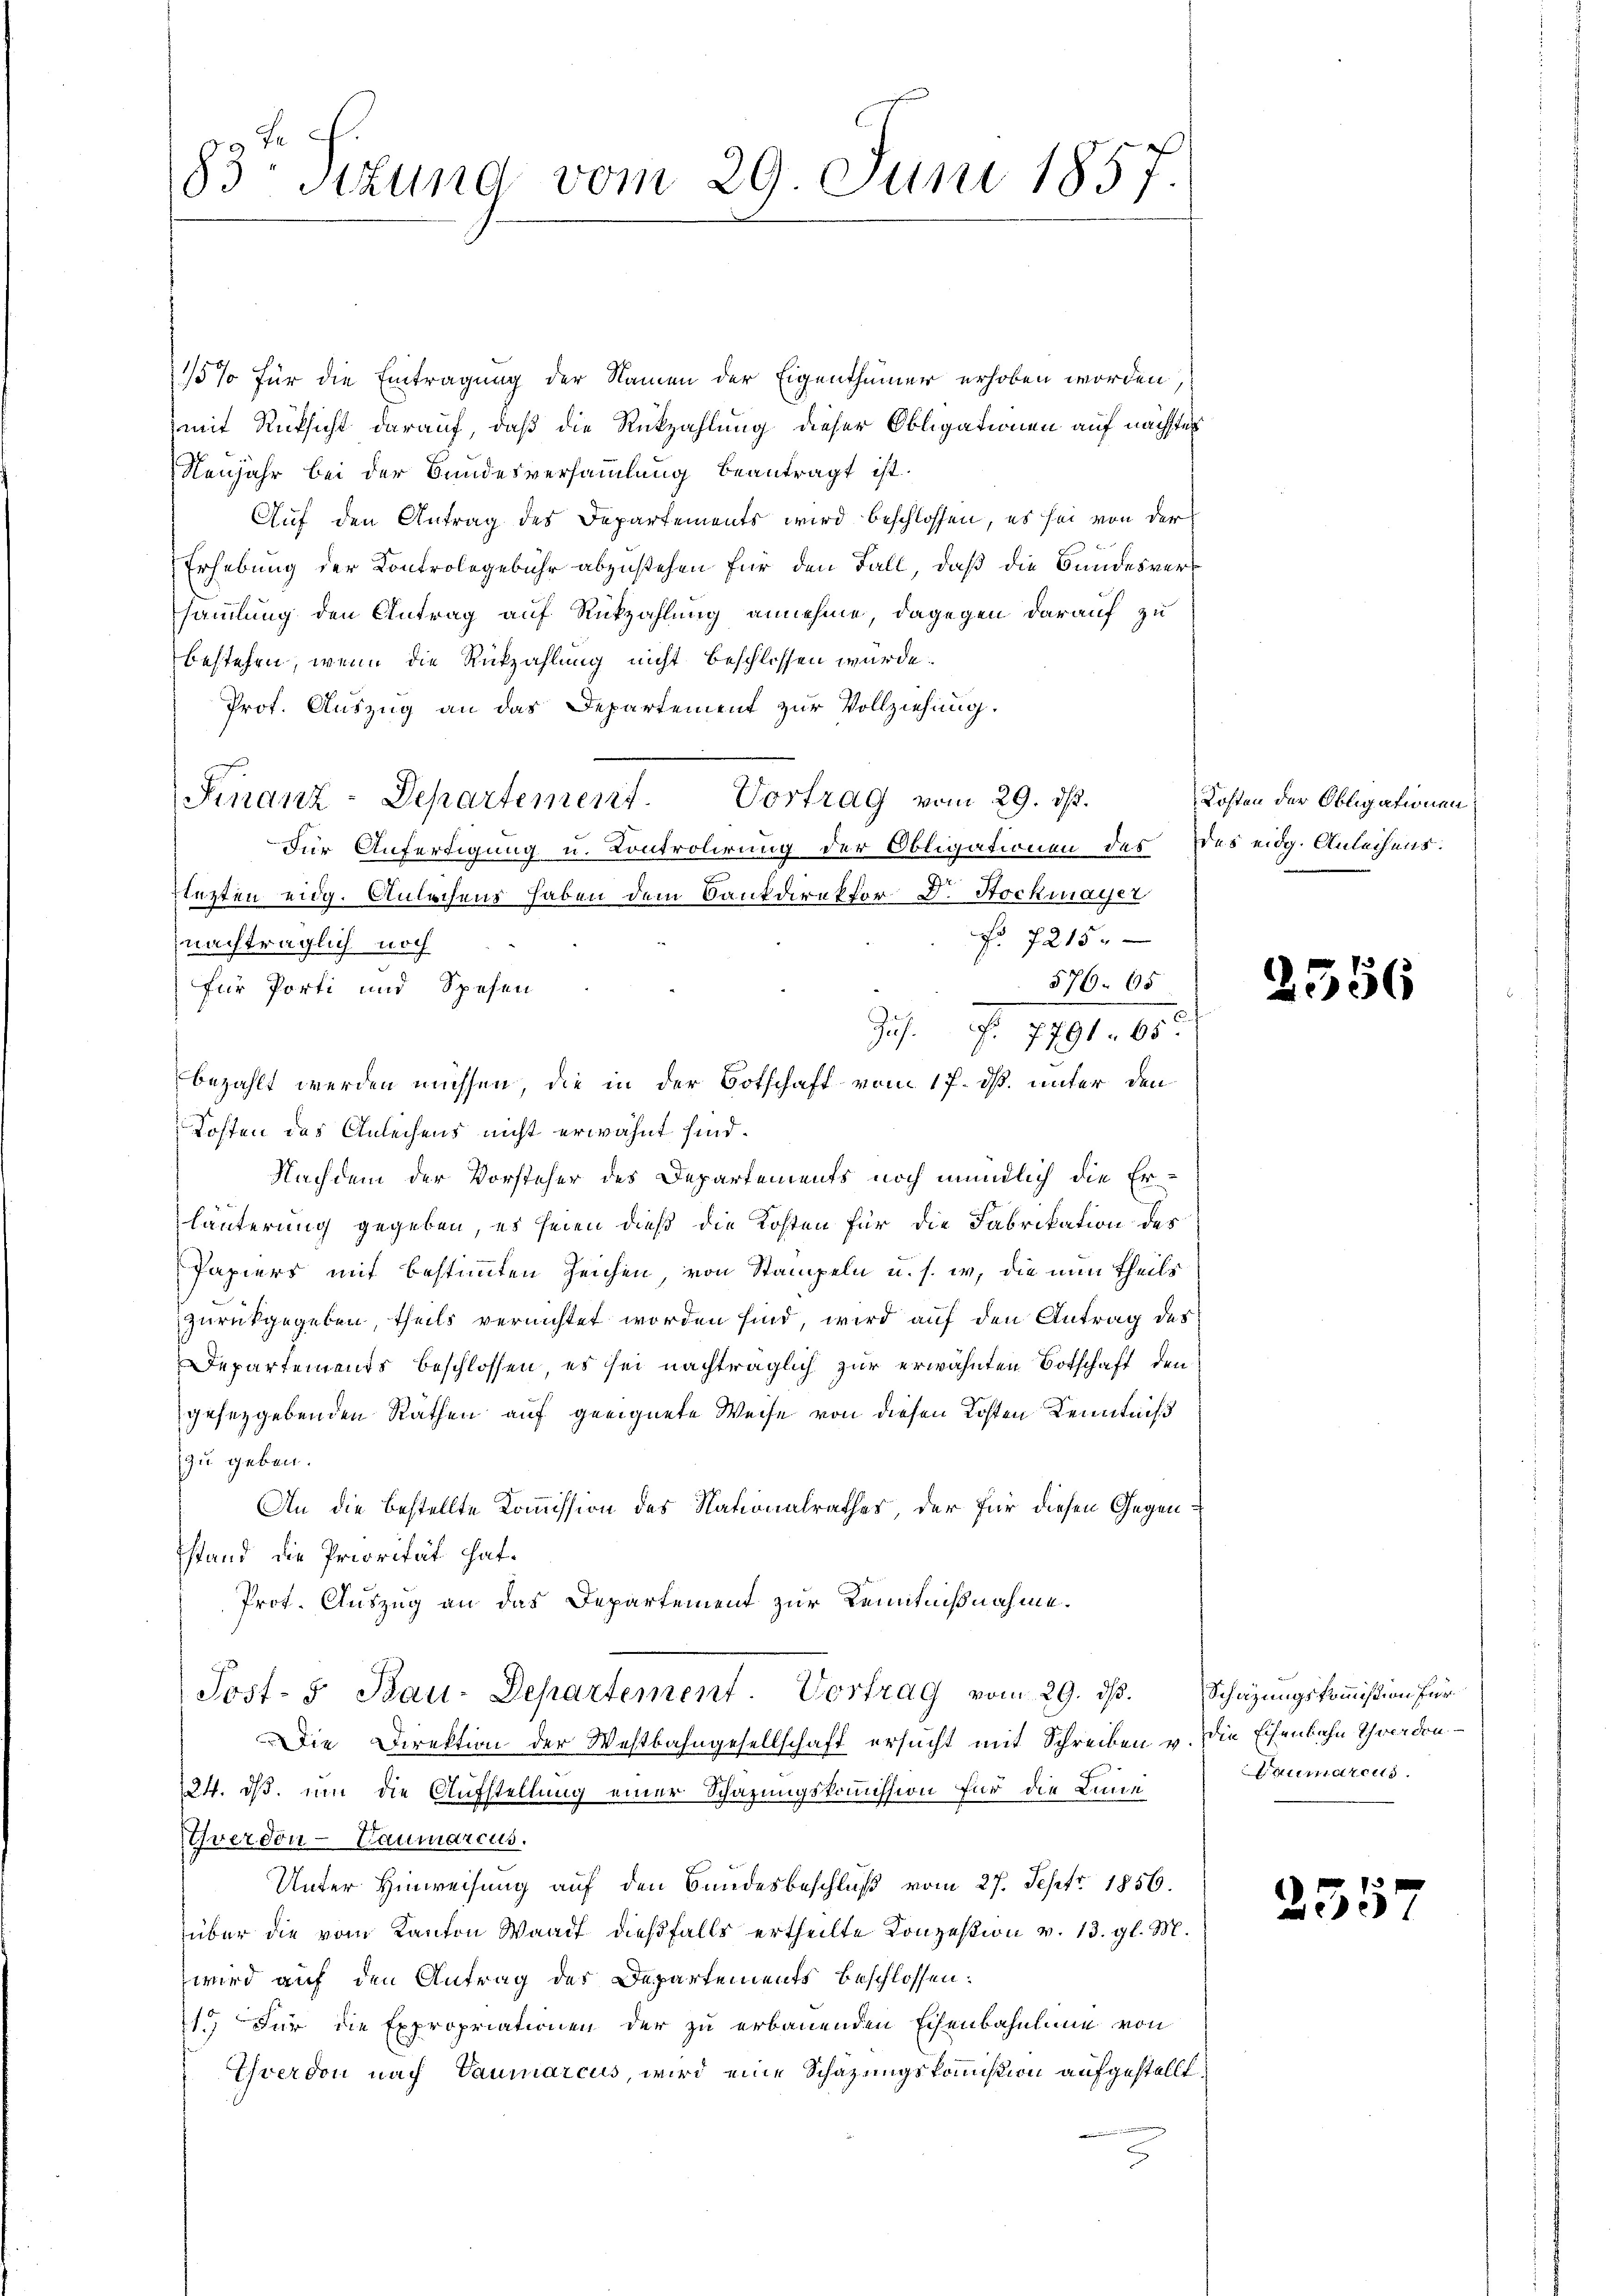
83 Sitzung vom 29. Juni 1857.

15% für die Eintragung der Namen der Eigenthümer erhoben worden,
mit Rücksicht darauf, daß die Rückzahlung dieser Obligationen auf nächstes
Neujahr bei der Bundesversammlung beantragt ist.
Auf den Antrag des Departements wird beschlossen, es sei von der
Erhebung der Controlegebühr abzustehen für den Fall, daß die Bundesversammlung den Antrag auf Rückzahlung annehme, dagegen darauf zu
bestehen, wenn die Rückzahlung nicht beschlossen würde.
Prof. Auszug an das Departement zur Vollziehung.
Finanz-Departement. Vortrag vom 29. ds.
Für Anfertigung u. Controlirung der Obligationen des Des eidg. Anleihens.
tützten eidg. Anleihens haben dem Bankdirektor Dr. Stockmayer
No 7215.
nachträglich noch
576. 65
für Porti und Spesen
S. Nr. 119160:
bezahlt werden müssen, die in der Botschaft vom 17. dß. unter den
Kosten des Anleihens nicht erwähnt sind.
Nachdem der Vorsteher des Departements noch mündlich die Erläuterung gegeben, es seien dieß die Kosten für die Fabrikation des
Papiers mit bestimmten Zeichen, von Stampeln u. s. w. die nun theils
zurückgegeben, theils vernichtet worden sind, wird auf den Antrag des
Departements beschlossen, es sei nachträglich zur erwähnten Botschaft den
gesetzgebenden Rathen auf geeignete Weise von diesen Kosten Kenntniß
zu geben.
An die bestellte Kommission des Nationalrathes, der für diesen Gegenstand die Priorität hat.
Prot. Auszug an das Departement zur Kenntnißnahme.
Post- u Bau-Departement. Vortrag vom 29. ds. Schätzungskommißion für
Die Direktion der Westbahngesellschaft ersucht mit Schreiben u. Die Eisenbahn Schwerden
124. ds. um die Aufstellung einer Schazungskommission für die Lini
Yverdon-Baumarcus.
Unter Hinweisung auf den Bundesbeschluß vom 27. Sept. 1856.
über die vom Kanton Waadt dießfalls ertheilte Konzession v. 13. gl. M.
wird auf den Antrag des Departements beschlossen:
1.) Für die Expropriationen der zu erbauenden Echenbahnlung von
Yverdon nach Vaumarcus, wird eine Schazungskommißion aufgestellt,

Kosten der Obligationen

2556

Baumarcus.

255